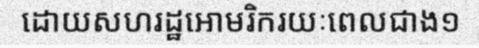
ដោយសហរដ្ឋអោមរិករយៈពេលជាង១